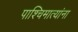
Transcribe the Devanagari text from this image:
पाश्चिमात्यांना